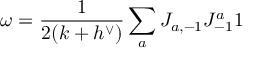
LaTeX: \omega = { \frac { 1 } { 2 ( k + h ^ { \vee } ) } } \sum _ { a } J _ { a , - 1 } J _ { - 1 } ^ { a } 1